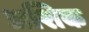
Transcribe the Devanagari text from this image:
अशिक